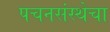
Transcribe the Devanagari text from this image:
पचनसंस्थेचा